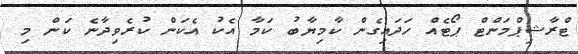
ޓްރާޝިޕްމަންޓް ޕޯޓެއް ހަދައިގެން ކާމިޔާބު ކަމާ އެކު އެކަން ކުރެވިދާނެ ކަން މި